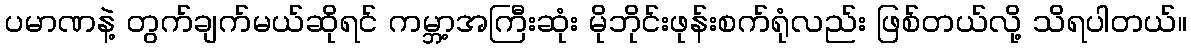
ပမာဏနဲ့ တွက်ချက်မယ်ဆိုရင် ကမ္ဘာ့အကြီးဆုံး မိုဘိုင်းဖုန်းစက်ရုံလည်း ဖြစ်တယ်လို့ သိရပါတယ်။